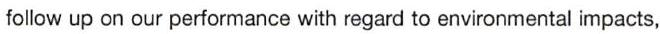
follow up on our performance with regard to environmental impacts,